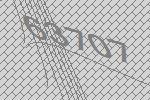
63707